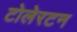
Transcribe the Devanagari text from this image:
टोलेरटन